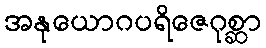
အနုယောဂပရိဇေဂုစ္ဆာ